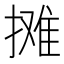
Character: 摊